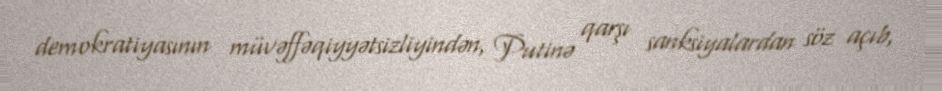
demokratiyasının müvəffəqiyyətsizliyindən, Putinə qarşı sanksiyalardan söz açıb,